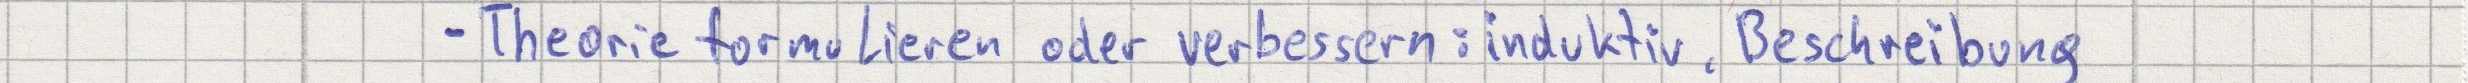
- Theorie formulieren oder verbessern: induktiv, Beschreibung